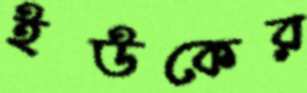
ইউকের